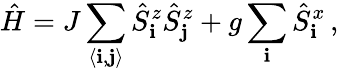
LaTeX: \hat{H}=J\sum_{\langle{\mathbf i},{\mathbf j}\rangle}\hat{S}_{\mathbf i}^{z}\hat{S}_{\mathbf j}^{z}+g\sum_{\mathbf i}\hat{S}_{\mathbf i}^{x}\, ,